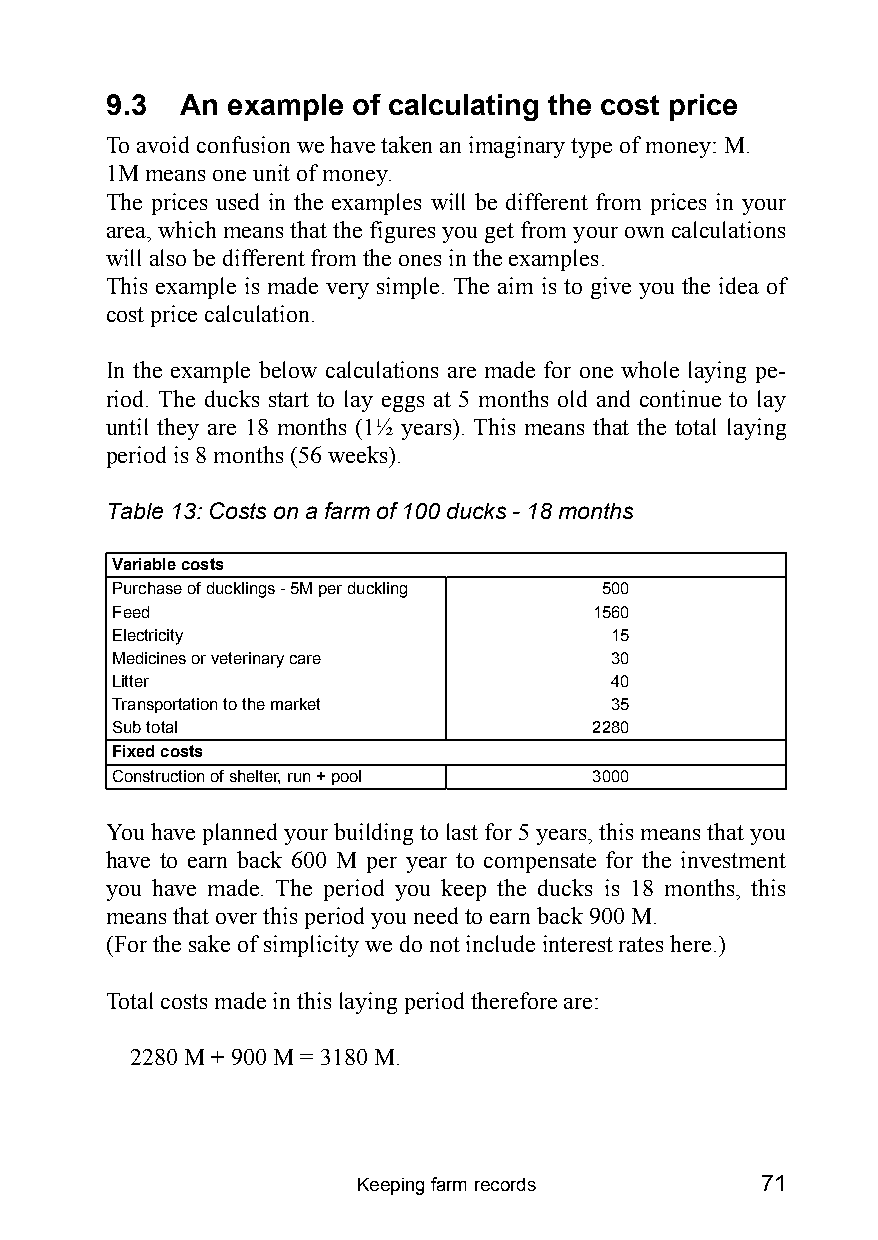
9.3  An example of calculating the cost price
 To avoid confusion we have taken an imaginary type of money: M.
 1M means one unit of money.
 The prices used in the examples will be different from prices in your
 area, which means that the figures you get from your own calculations
 will also be different from the ones in the examples.
 This example is made very simple. The aim is to give you the idea of
 cost price calculation.
 In the example below calculations are made for one whole laying pe-
 riod. The ducks start to lay eggs at 5 months old and continue to lay
 until they are 18 months (1‰ years). This means that the total laying
 period is 8 months (56 weeks).
 Table 13: Costs on a farm of 100 ducks - 18 months
 Variable costs
 Purchase of ducklings - 5M per duckling 500
 Feed                            1560
 Electricity                      15
 Medicines or veterinary care     30
 Litter                           40
 Transportation to the market     35
 Sub total                       2280
 Fixed costs
 Construction of shelter, run + pool 3000
 You have planned your building to last for 5 years, this means that you
 have to earn back 600 M per year to compensate for the investment
 you have made. The period you keep the ducks is 18 months, this
 means that over this period you need to earn back 900 M.
 (For the sake of simplicity we do not include interest rates here.)
 Total costs made in this laying period therefore are:
 2280 M + 900 M = 3180 M.
 Keeping farm records      71